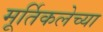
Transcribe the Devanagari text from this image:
मूर्तिकलेच्या